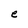
Character: e